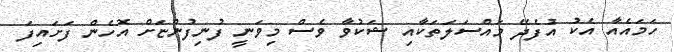
ހަމައެއާ އެކު އުފެދޭ މައްސަލަތަކާއި ޝަކުވާ ވެސް މިވަނީ ފުނިފުންޏަށް އޮހެން ފަށައިފަ